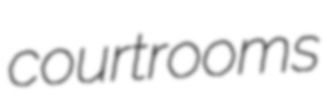
courtrooms